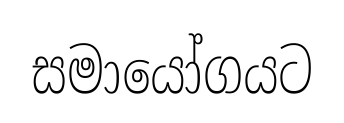
සමායෝගයට